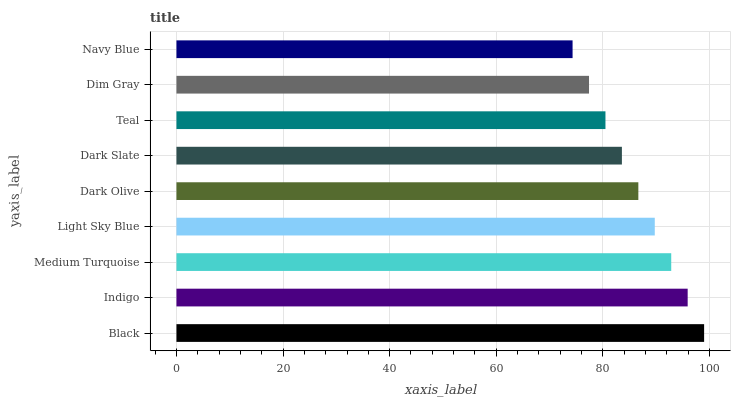
| yaxis_label | bars |
 | --- | --- |
 | Black | 99 |
 | Indigo | 95.9 |
 | Medium Turquoise | 92.8 |
 | Light Sky Blue | 89.7 |
 | Dark Olive | 86.7 |
 | Dark Slate | 83.6 |
 | Teal | 80.5 |
 | Dim Gray | 77.4 |
 | Navy Blue | 74.3 |